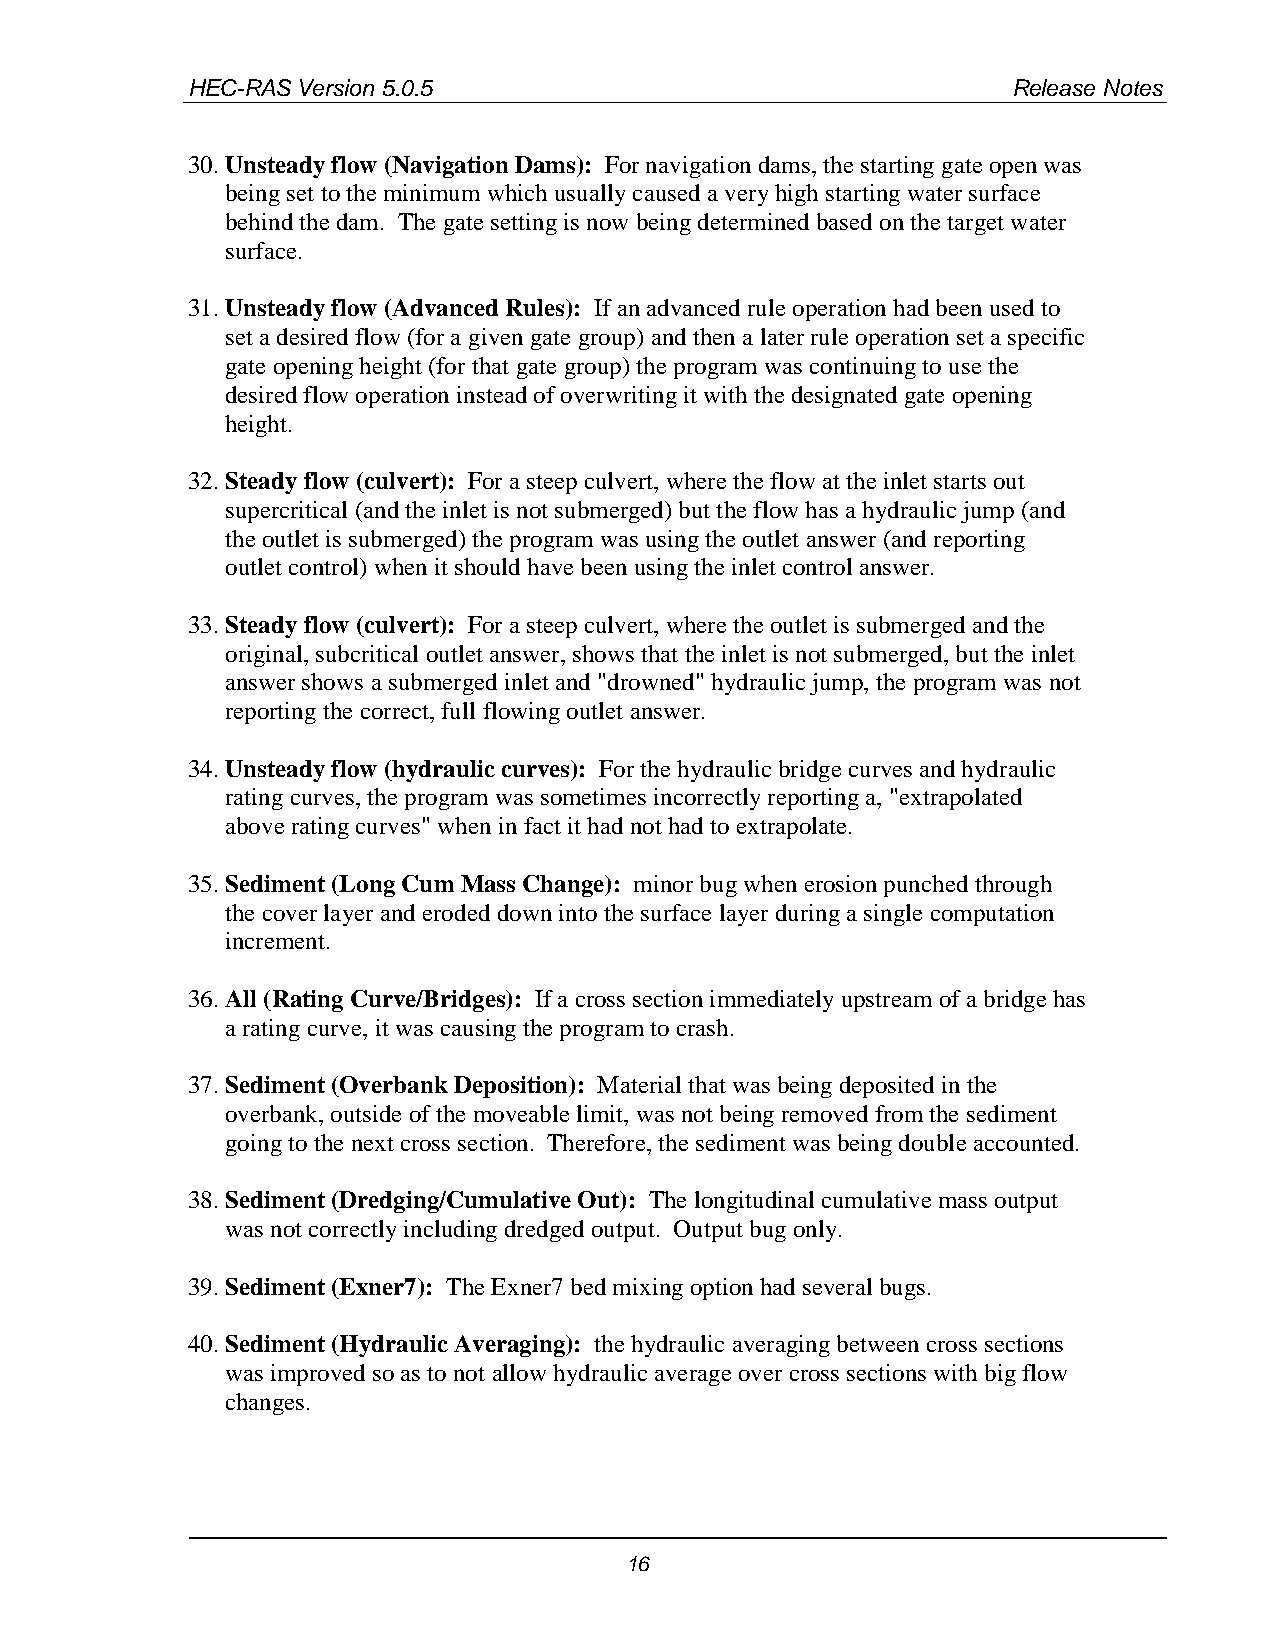
HEC-RAS Version 5.0.5                                  Release Notes
 30. Unsteady flow (Navigation Dams): For navigation dams, the starting gate open was
 being set to the minimum which usually caused a very high starting water surface
 behind the dam. The gate setting is now being determined based on the target water
 surface.
 31. Unsteady flow (Advanced Rules): If an advanced rule operation had been used to
 set a desired flow (for a given gate group) and then a later rule operation set a specific
 gate opening height (for that gate group) the program was continuing to use the
 desired flow operation instead of overwriting it with the designated gate opening
 height.
 32. Steady flow (culvert): For a steep culvert, where the flow at the inlet starts out
 supercritical (and the inlet is not submerged) but the flow has a hydraulic jump (and
 the outlet is submerged) the program was using the outlet answer (and reporting
 outlet control) when it should have been using the inlet control answer.
 33. Steady flow (culvert): For a steep culvert, where the outlet is submerged and the
 original, subcritical outlet answer, shows that the inlet is not submerged, but the inlet
 answer shows a submerged inlet and "drowned" hydraulic jump, the program was not
 reporting the correct, full flowing outlet answer.
 34. Unsteady flow (hydraulic curves): For the hydraulic bridge curves and hydraulic
 rating curves, the program was sometimes incorrectly reporting a, "extrapolated
 above rating curves" when in fact it had not had to extrapolate.
 35. Sediment (Long Cum Mass Change): minor bug when erosion punched through
 the cover layer and eroded down into the surface layer during a single computation
 increment.
 36. All (Rating Curve/Bridges): If a cross section immediately upstream of a bridge has
 a rating curve, it was causing the program to crash.
 37. Sediment (Overbank Deposition): Material that was being deposited in the
 overbank, outside of the moveable limit, was not being removed from the sediment
 going to the next cross section. Therefore, the sediment was being double accounted.
 38. Sediment (Dredging/Cumulative Out): The longitudinal cumulative mass output
 was not correctly including dredged output. Output bug only.
 39. Sediment (Exner7): The Exner7 bed mixing option had several bugs.
 40. Sediment (Hydraulic Averaging): the hydraulic averaging between cross sections
 was improved so as to not allow hydraulic average over cross sections with big flow
 changes.
 16